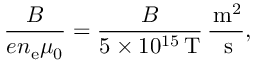
\frac { B } { e n _ { \mathrm { e } } \mu _ { 0 } } = \frac { B } { 5 \times 1 0 ^ { 1 5 } \, \mathrm { T } } \, \frac { \, \mathrm { m } ^ { 2 } } { \, \mathrm { s } } ,